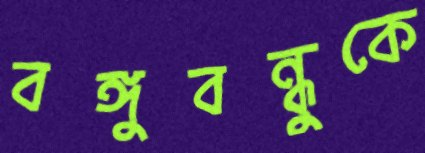
বঙ্গুবন্ধুকে